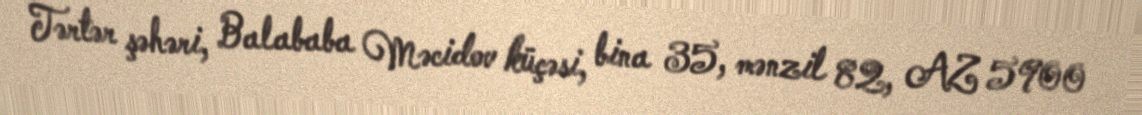
Tərtər şəhəri, Balababa Məcidov küçəsi, bina 35, mənzil 82, AZ 5900